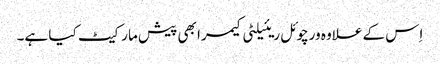
اِس کے علاوہ ورچوئل ریئیلٹی کیمرا بھی پیش مارکیٹ کیا ہے۔